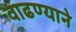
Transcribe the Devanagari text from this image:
वाढण्याने